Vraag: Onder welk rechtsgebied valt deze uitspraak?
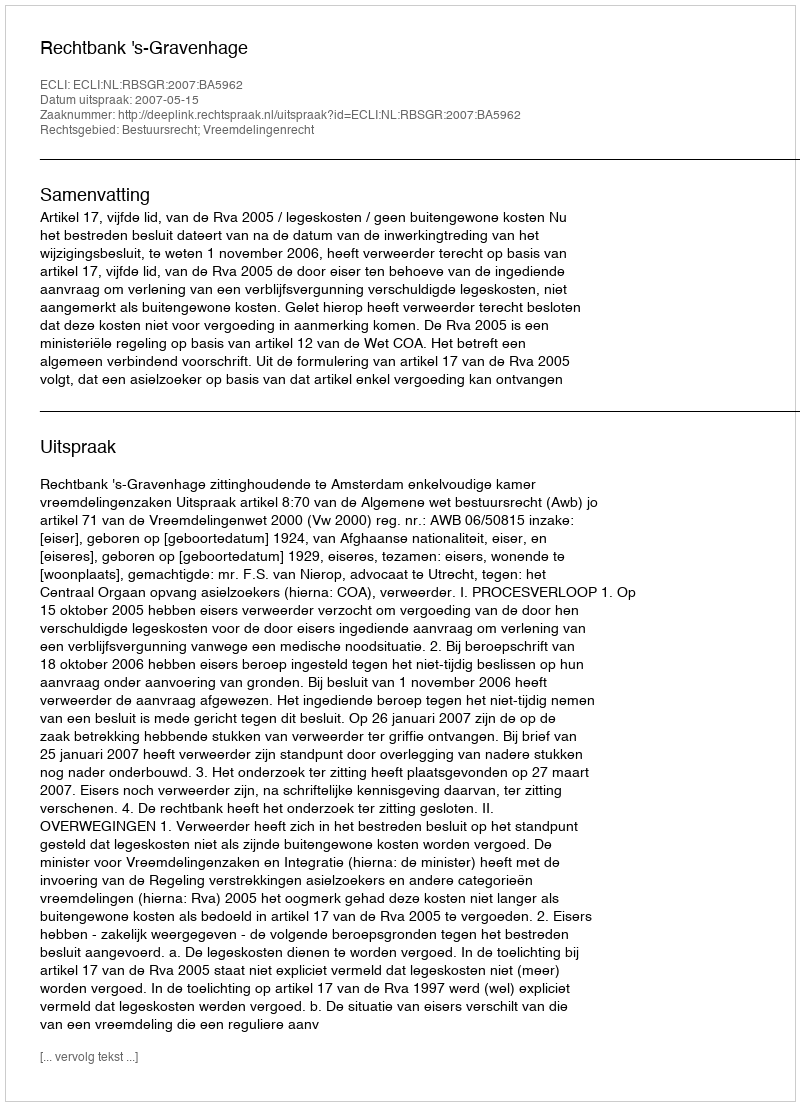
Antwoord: Bestuursrecht; Vreemdelingenrecht